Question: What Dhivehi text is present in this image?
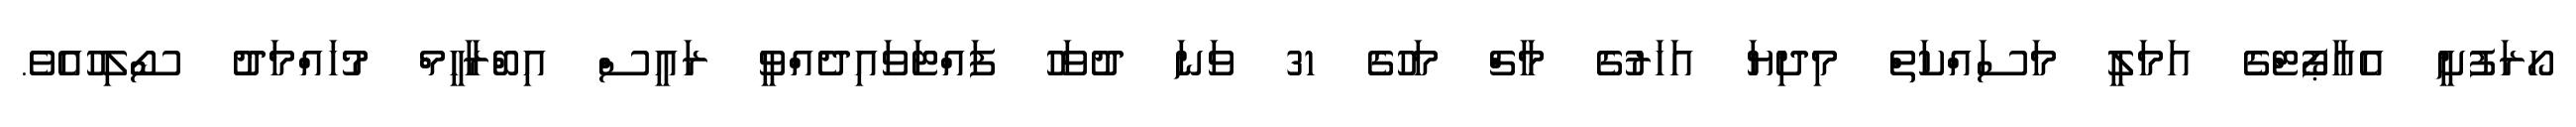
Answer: ހޯރަފުށީ އެއާޕޯޓްގެ އަމަލީ މަސައްކަތް މިދިޔަ އަހަރުގެ މާޗް މަހުގެ 31 ވަނަ ދުވަހު ފައްޓަވައިދެއްވީ ރައީސް އިބްރާހީމް މުހައްމަދު ސޯލިހުއެވެ.